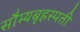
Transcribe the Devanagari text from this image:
सौम्यबृहस्पती